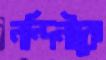
নন্দিনীকে